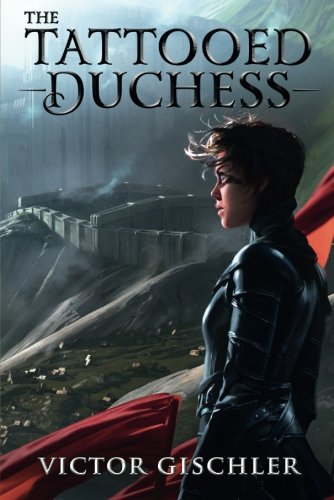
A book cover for The Tattooed Duchess (A Fire Beneath the Skin); Victor Gischler; Literature & Fiction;